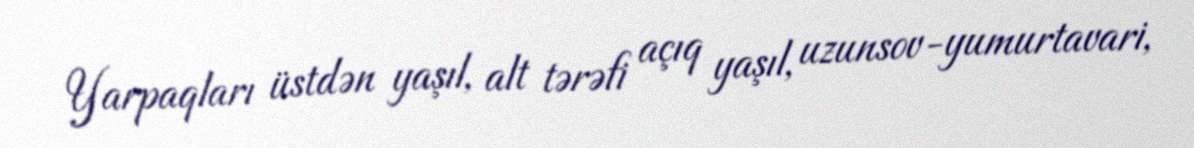
Yarpaqları üstdən yaşıl, alt tərəfi açıq yaşıl, uzunsov-yumurtavari,